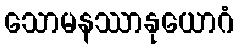
သောမနဿာနုယောဂံ